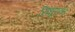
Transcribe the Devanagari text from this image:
सिंधुरत्‍न